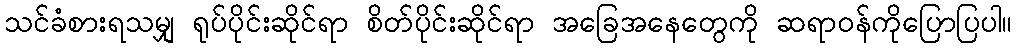
သင်ခံစားရသမျှ ရုပ်ပိုင်းဆိုင်ရာ စိတ်ပိုင်းဆိုင်ရာ အခြေအနေတွေကို ဆရာဝန်ကိုပြောပြပါ။